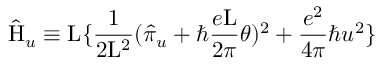
\hat { \mathrm { H } } _ { u } \equiv \mathrm { L } \{ \frac { 1 } { 2 \mathrm { L } ^ { 2 } } ( \hat { \pi } _ { u } + \hbar \frac { e \mathrm { L } } { 2 \pi } \theta ) ^ { 2 } + \frac { e ^ { 2 } } { 4 \pi } \hbar u ^ { 2 } \}